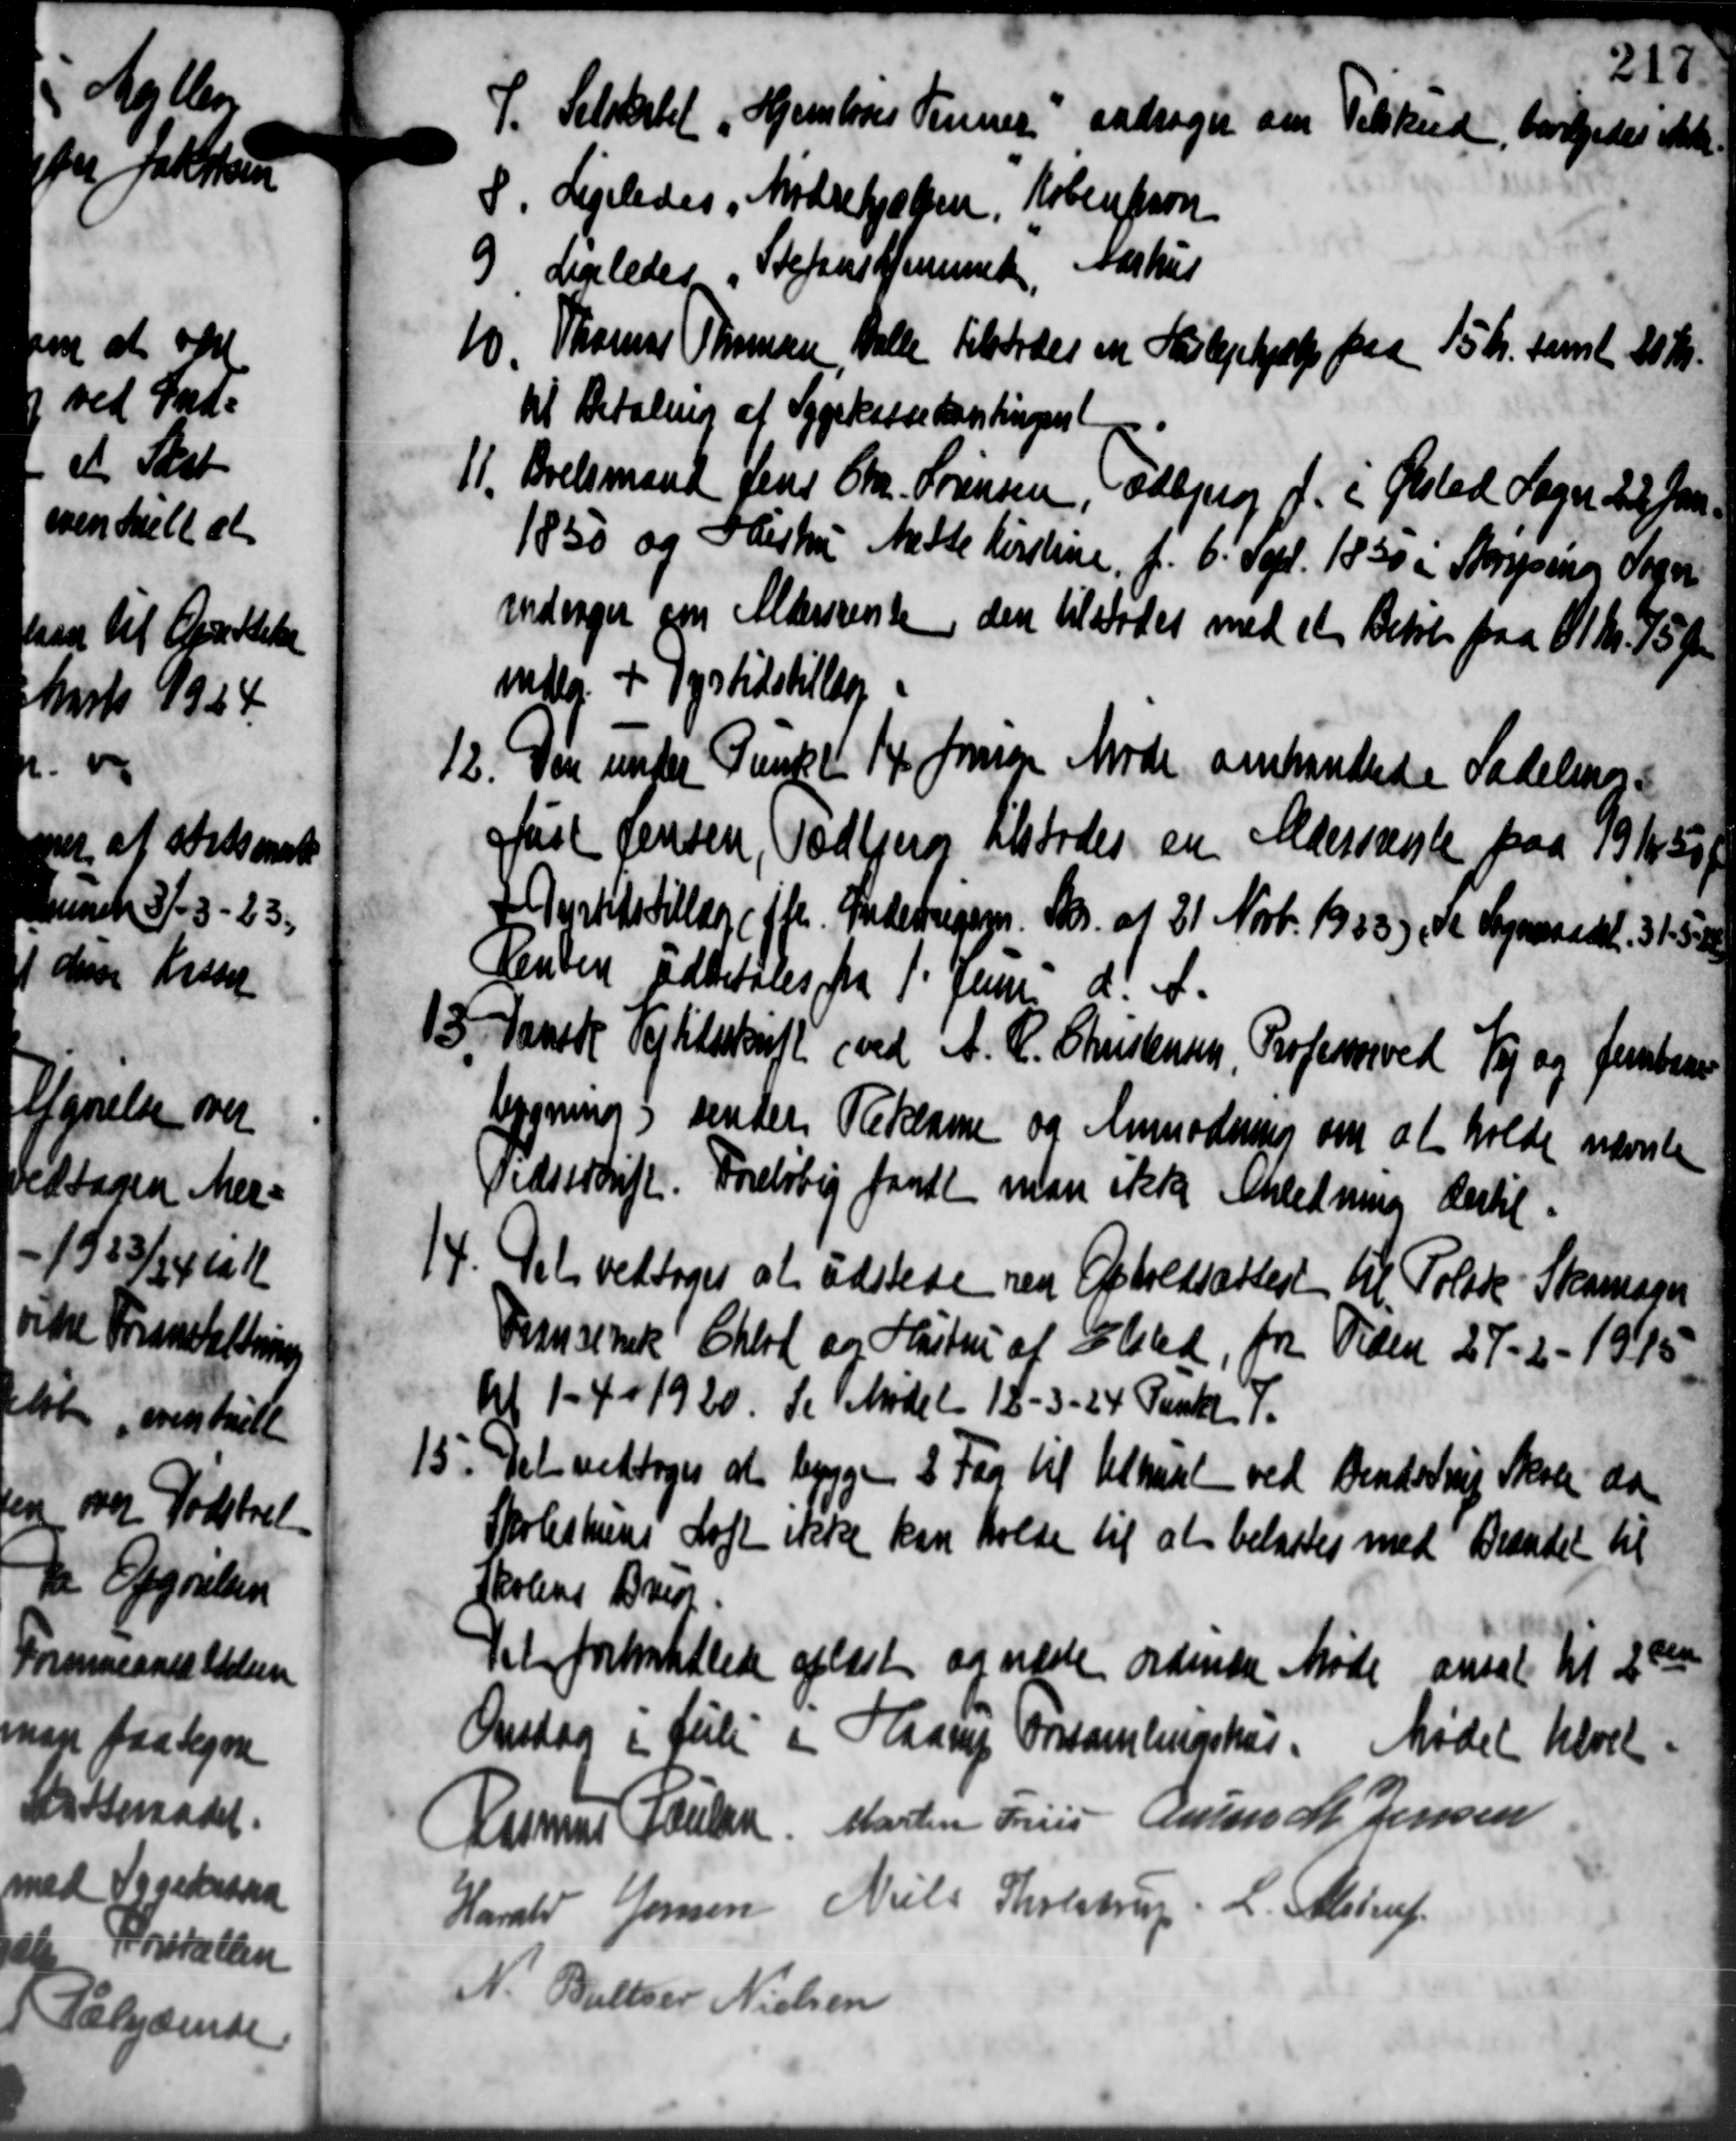
Transskription:
P. Selskabet
P. Selskabet Hjemledes Tinner andrager om Tilskud, bevilgedes Ark.
8. Ligeledes Mødrehjælpen, København
8. Ligeledes Mødrehjælpen, København
9 Ligeledes Stefans Hjemmede Aarhus
9 Ligeledes
10. Thomas Thomsen, Valle tilstodes en Haslejehjælp paa 15 Kr. samt 20 Kr.
10. Thomas Thomsen, Valle tilstodes en Haslejehjælp paa 15 Kr. samt 20 Kr.
til Betaling af Sygekassekontingen
11. Boelsmand Jens Chr. Sørensen, Esbjerg f. i Ølsted Sogn 22 Jan.
11. Boelsmand Jens Chr. Sørensen, Esbjerg f. i Ølsted Sogn 22 Jan.
1850 og Hustru Mette Kirstine, f. 6' Sept. 1830 i Sorping Sogn
vedsager paa Aldersrente den tilstødes med et Beløb paa 11 Kr. 75 Øre
idlg. + dyrtidstillæg
12. Den under Punkt 14 Jensen Møde omhandlede Sadelings-
12. Den under Punkt 14 Jensen Møde omhandlede Sadelings-
Just Jensen, Todbjerg tilstodes en Aldersneste paa 79 /4 30
Gustitstillæg ( ffl. Inderrigen. Skr. af 21 Novb. 1933), de Sogneraadet. 315,00
Renden udbetales fra 1' Juni d. A.

Danske Vejtilskrift (ved A. R. Christensen, Professorved Vej og Jensen
bygning sender Reklame og Anmodning om at holde nævnte
redsskrifte. Foreløbig fandt man ikke Anledning dertil.
.Det vedtoges at udstede ved Opholdsattest til Tolade - Skomager

Frensensk Chard og Hustru af Elsted, fra Viden 27 - 2 - 1915
tl 1 - 4 - 1920. Se Mødet 18 - 3 - 24 Punkt 7.

1. Det vedtoges at bygge 2 Fag til tilhuset ved Bendstrup Skole da
Perleskuns Loft ikke kan holde til at belastes med Brændet til
Skolens Bruu
Det forhandlede oplæst og nede ordinære Møde ansat til 2den
Onsdag i Juli i Haarup Orssamlingshus. Mødet hævet.
Rasmus Poulsen Martin Friis Anius M. Jensen
Harald Jensen Niels Tholstrup. L. Alstrup
V. Baller Nielsen